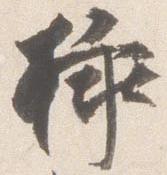
挿